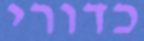
כדורי